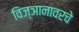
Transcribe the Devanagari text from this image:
विज्ञानावरचे